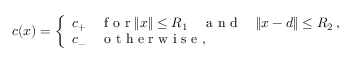
c ( x ) = \left\{ \begin{array} { l l } { c _ { + } } & { \mathrm { ~ f ~ o ~ r ~ } \| x \| \leq R _ { 1 } \quad \mathrm { ~ a ~ n ~ d ~ } \quad \| x - d \| \leq R _ { 2 } \, , } \\ { c _ { - } } & { \mathrm { ~ o ~ t ~ h ~ e ~ r ~ w ~ i ~ s ~ e ~ } , } \end{array} \right.